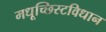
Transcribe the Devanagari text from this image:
मधूच्छिस्टविधान